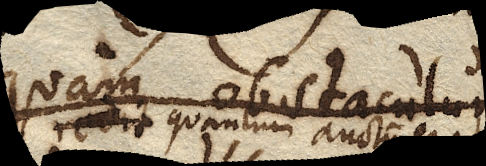
redit quantum auctum